Civil Veterinary Department. Madras. Admin. report 1926-33 - 1926-1933
Year: 1926
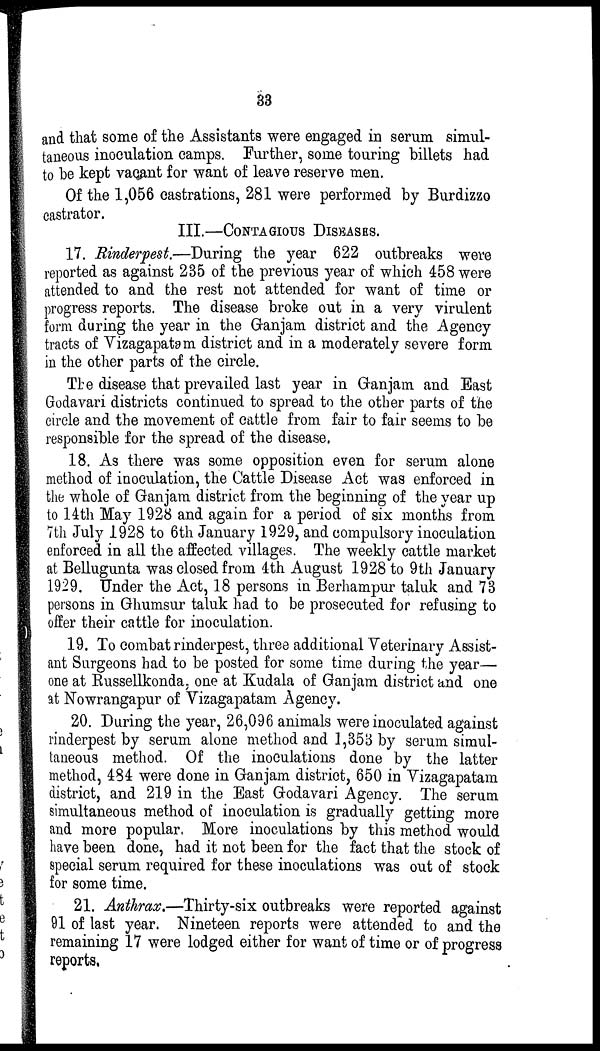
33
and that some of the Assistants were engaged in serum simul-
taneous inoculation camps. Further, some touring billets had
to be kept vacant for want of leave reserve men.
Of the 1,056 castrations, 281 were performed by Burdizzo
castrator.
III.—CONTAGIOUS DISEASES.
17. Rinderpest.—During the year 622 outbreaks were
reported as against 235 of the previous year of which 458 were
attended to and the rest not attended for want of time or
progress reports. The disease broke out in a very virulent
form during the year in the Ganjam district and the Agency
tracts of Vizagapatem district and in a moderately severe form
in the other parts of the circle.
The disease that prevailed last year in Ganjam and East
Godavari districts continued to spread to the other parts of the
circle and the movement of cattle from fair to fair seems to be
responsible for the spread of the disease.
18. As there was some opposition even for serum alone
method of inoculation, the Cattle Disease Act was enforced in
the whole of Ganjam district from the beginning of the year up
to 14th May 1928 and again for a period of six months from
7th July 1928 to 6th January 1929, and compulsory inoculation
enforced in all the affected villages. The weekly cattle market
at Bellugunta was closed from 4th August 1928 to 9th January
1929. Under the Act, 18 persons in Berhampur taluk and 73
persons in Ghumsur taluk had to be prosecuted for refusing to
offer their cattle for inoculation.
19. To combat rinderpest, three additional Veterinary Assist-
ant Surgeons had to be posted for some time during the year—
one at Russellkonda, one at Kudala of Ganjam district and one
at Nowrangapur of Vizagapatam Agency.
20. During the year, 26,096 animals were inoculated against
rinderpest by serum alone method and 1,353 by serum simul-
taneous method. Of the inoculations done by the latter
method, 484 were done in Ganjam district, 650 in Vizagapatam
district, and 219 in the East Godavari Agency. The serum
simultaneous method of inoculation is gradually getting more
and more popular, More inoculations by this method would
have been done, had it not been for the fact that the stock of
special serum required for these inoculations was out of stock
for some time.
21. Anthrax.—Thirty-six outbreaks were reported against
91 of last year. Nineteen reports were attended to and the
remaining 17 were lodged either for want of time or of progress
reports.